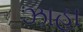
ઝાહા